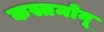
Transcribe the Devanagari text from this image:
कस्तमोनू